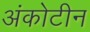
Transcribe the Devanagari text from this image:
अंकोटीन